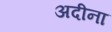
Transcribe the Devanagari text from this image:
अदीना